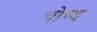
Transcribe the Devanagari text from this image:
चोष्‍य